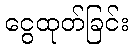
ငွေထုတ်ခြင်း